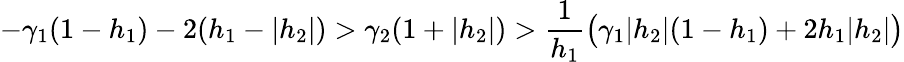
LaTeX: -\gamma_{1}(1-h_{1})-2(h_{1}-|h_{2}|)>\gamma_{2}(1+|h_{2}|)>\frac{1}{h_{1}}\big(\gamma_{1}|h_{2}|(1-h_{1})+2h_{1}|h_{2}|\big)